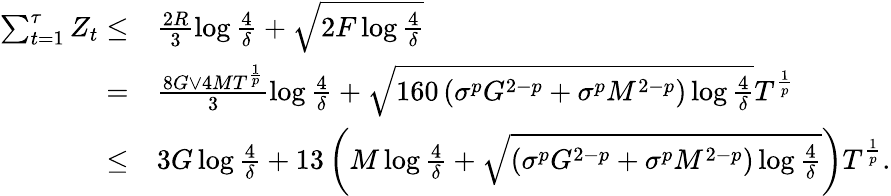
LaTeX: \begin{array}{rl}{\sum_{t=1}^{\tau}Z_{t}\leq}&{\frac{2R}{3}\log\frac{4}{\delta}+\sqrt{2F\log\frac{4}{\delta}}}\\ {=}&{\frac{8G\lor 4MT^{\frac{1}{p}}}{3}\log\frac{4}{\delta}+\sqrt{160\left(\sigma^{p}G^{2-p}+\sigma^{p}M^{2-p}\right)\log\frac{4}{\delta}}T^{\frac{1}{p}}}\\ {\leq}&{3G\log\frac{4}{\delta}+13\left(M\log\frac{4}{\delta}+\sqrt{\left(\sigma^{p}G^{2-p}+\sigma^{p}M^{2-p}\right)\log\frac{4}{\delta}}\right)T^{\frac{1}{p}}.}\end{array}